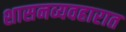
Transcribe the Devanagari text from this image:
शासनव्यवहारात